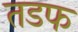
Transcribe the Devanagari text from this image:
तडफ